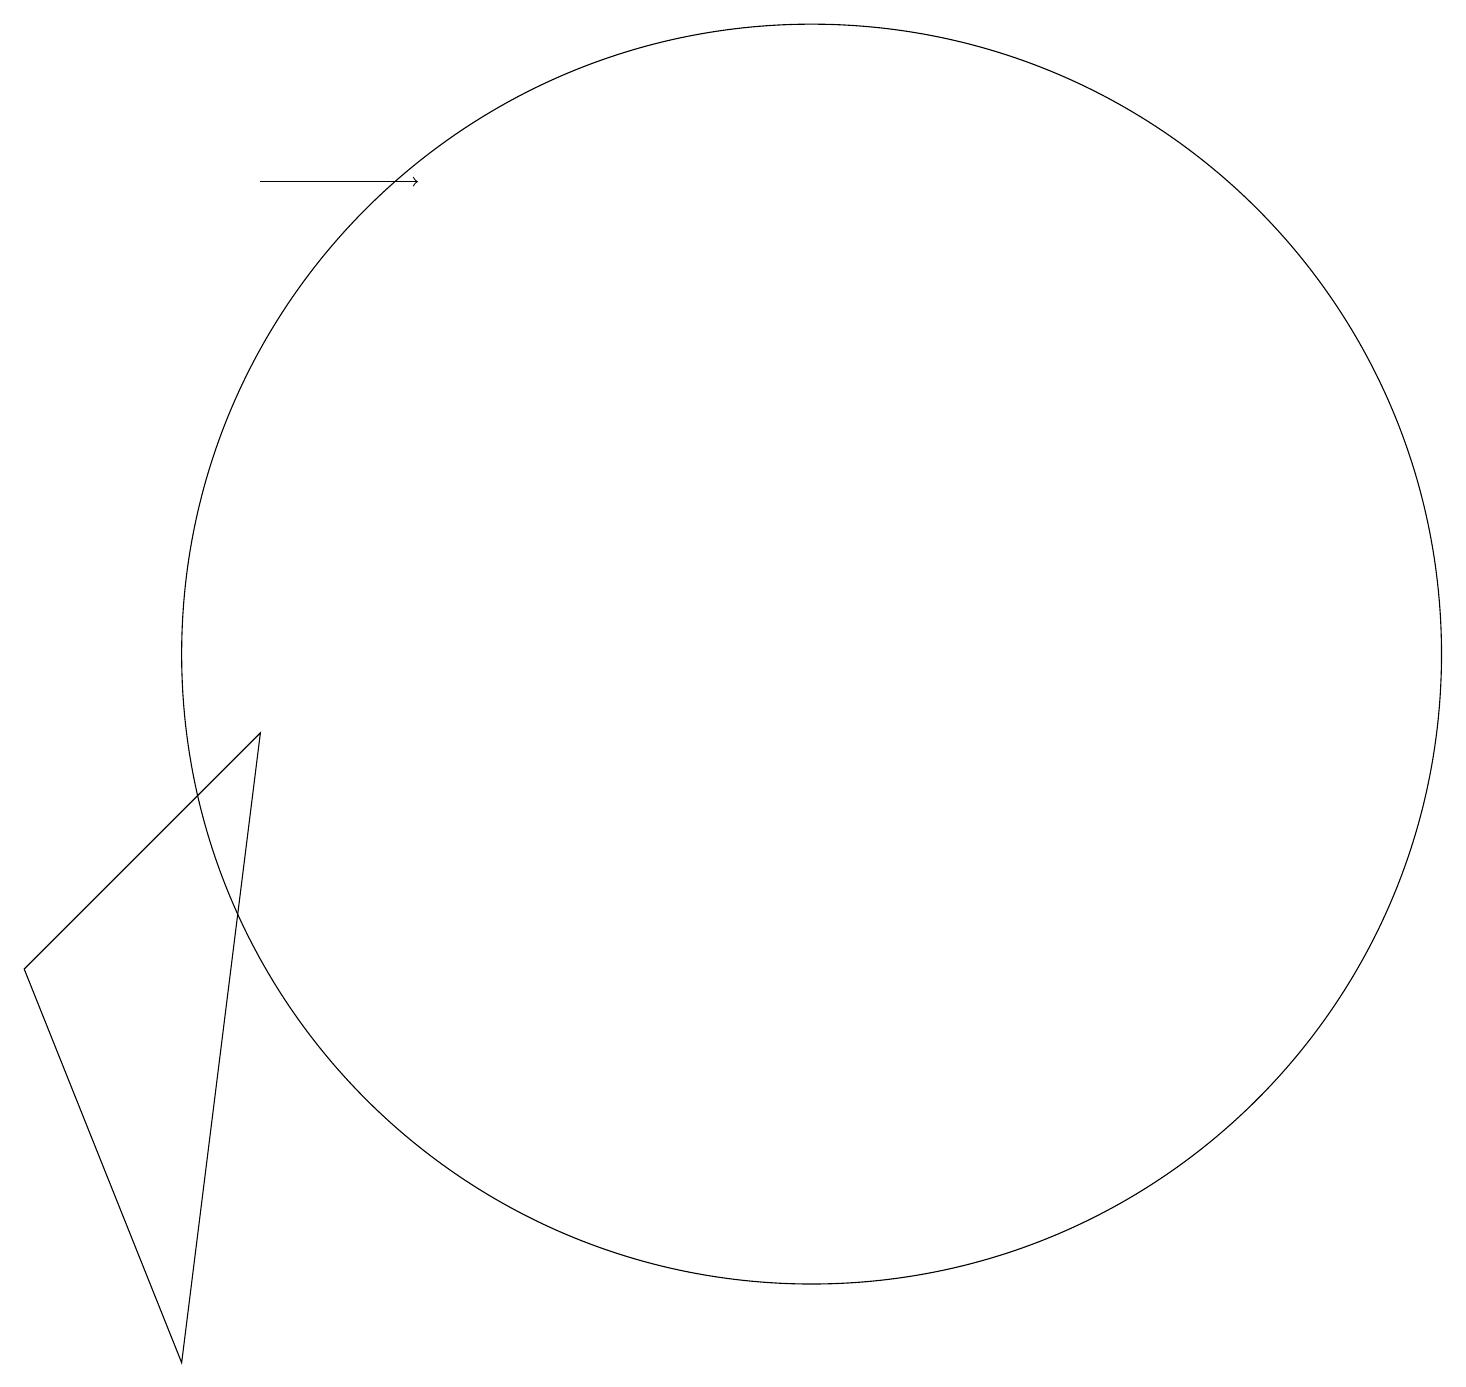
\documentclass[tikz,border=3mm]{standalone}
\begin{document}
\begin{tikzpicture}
\draw (1,6) -- (4,9) -- (3,1) -- cycle;
\draw[->] (4,16) -- (6,16);
\draw (11,10) circle (8);
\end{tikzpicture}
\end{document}